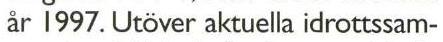
år 1997. Utöver aktuella idrottssam-